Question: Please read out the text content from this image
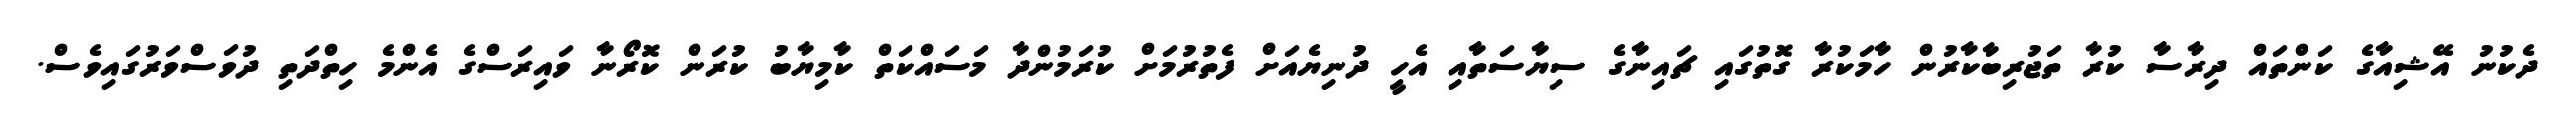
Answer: ދެކުނު އޭޝިއާގެ ކަންތައް ދިރާސާ ކުރާ ތަޖުރިބާކާރުން ހާމަކުރާ ގޮތުގައި ޗައިނާގެ ސިޔާސަތާއި އެހީ ދުނިޔެއަށް ފެތުރުމަށް ކުރަމުންދާ މަސައްކަތް ކާމިޔާބު ކުރަން ކޮރޯނާ ވައިރަސްގެ އެންމެ ހިތްދަތި ދުވަސްވަރުގައިވެސް.